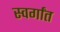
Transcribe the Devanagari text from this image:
स्वर्गांत